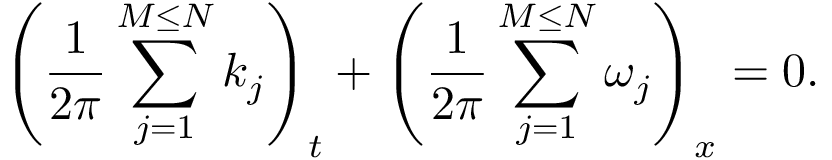
\left( \frac { 1 } { 2 \pi } \sum _ { j = 1 } ^ { M \leq N } k _ { j } \right) _ { t } + \left( \frac { 1 } { 2 \pi } \sum _ { j = 1 } ^ { M \leq N } \omega _ { j } \right) _ { x } = 0 .